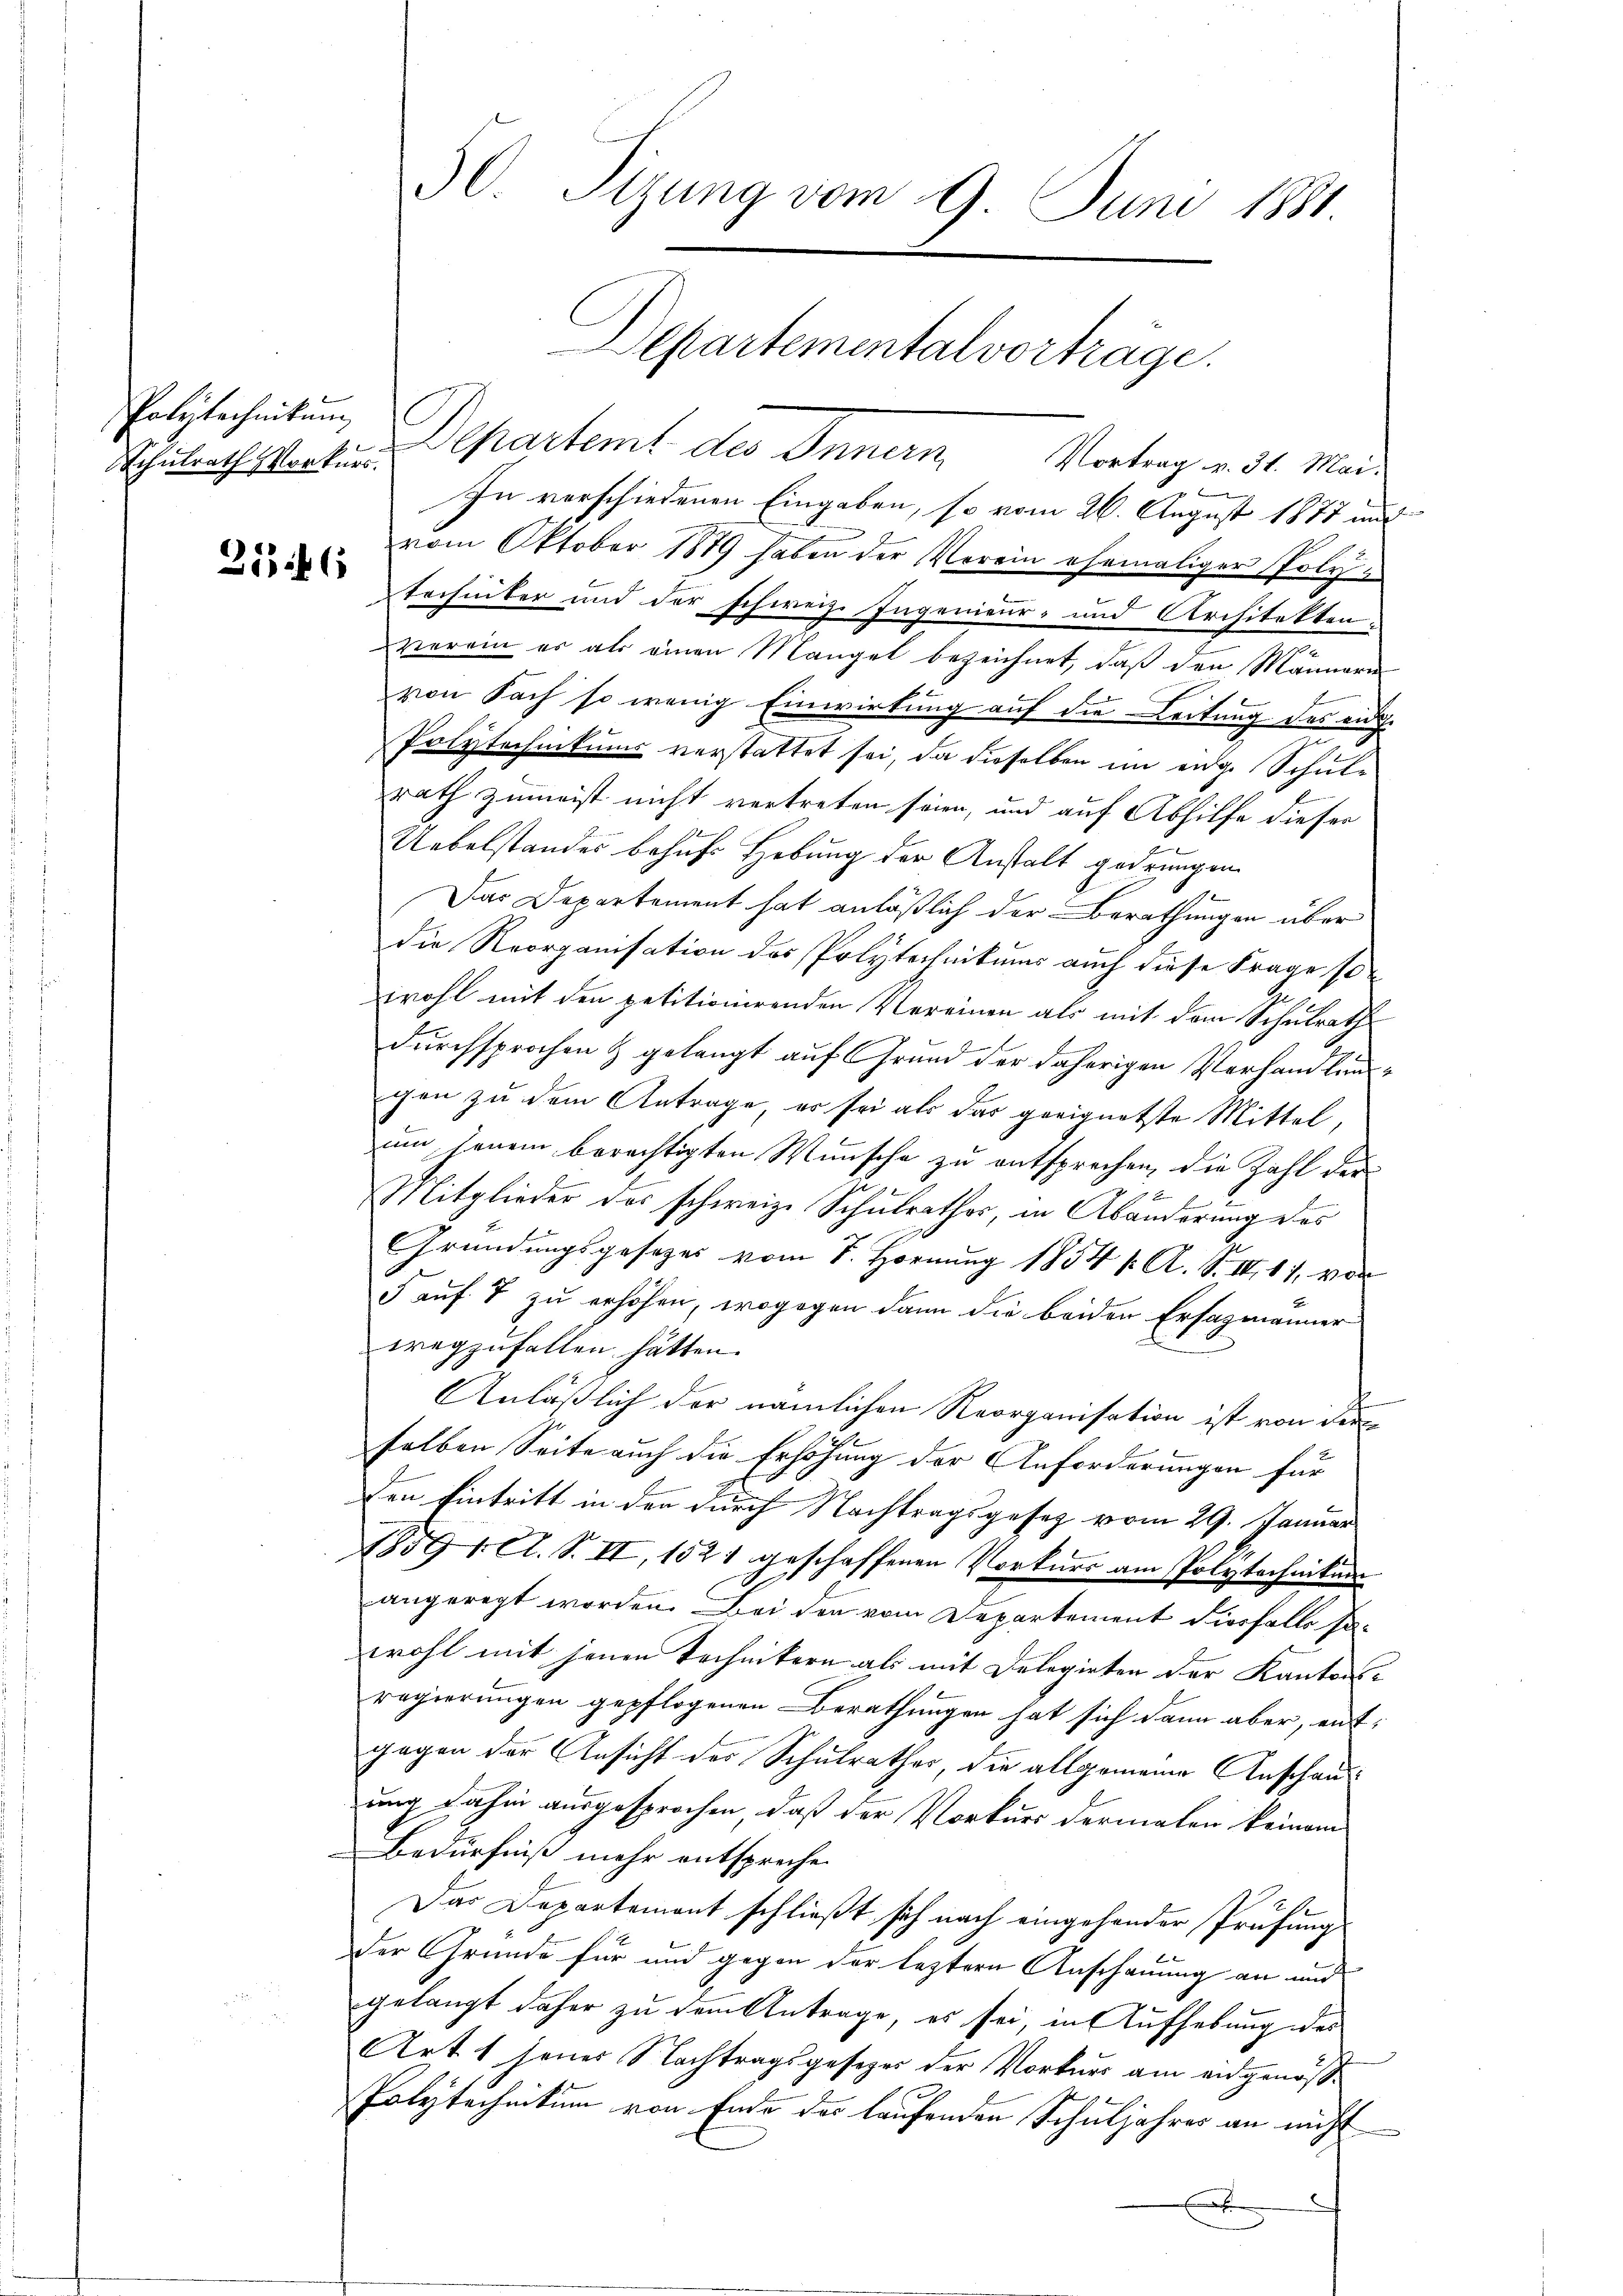
Polytechnikum
Schulrath Vorkurs.

2546

30. Sizung vom 9. Juni 1881
Departementalvorträge.

Departemt des Innern. Vortrag v. 31. Mait
 f
In verschiedenen Eingaben, so vom 26. August 1877 und
9
vom Oktober 1889 haben der Verein ehemaliger Polytechniker und der schweiz. Ingenieur- und Architekten:
verain er als einen Mangel bezeichnet, daß den Männern
von Fach so wenig Einwirkung auf die Leitung des eidg.
Polytechnikums verstattet sei, da dieselben im eige Schule
rath zumeist nicht vertreten seien, und auf Abhilfe dieser
Uebelstandes behufs Hebung der Anstalt gedrungen.
Das Departement hat anläßlich der Berathungen über
die Reorganisation des Polytechnikums auch diese Frage so
wohl mit den petitionirenden Vereinen als mit dem Schulraths
durchsprochen & gelangt auf Grund der daherigen Verhandlung
gen zu dem Antrage, er sei als das geeignetste Mittel,
um jenem berechtigten Wünsche zu entsprechen, die Zahl der
Mitglieder des schweiz. Schulrathes, in Abänderung des
Gründungsgesezes vom 8. Hornung 1854 f. A. S. III 17, von
5 auf 7 zu erhöhen, wogegen dann die beiden Ersazmänner
wegzufallen hätten.
¬
Anläßlich der nämlichen Reorganisation ist von der
selben Seite auch die Erhöhung der Anforderungen für
Den Eintritt in den durch Nachtragsgesetz vom 29. Januar
1859 1. A. S. II, 1521 geschaffenen Vorkurs am Polytechnikum
angeregt worden. Bei den vom Departement diesfalls sowohl mit jenen Technikern als mit Delegirten der Kantons-
regierungen gepflogenen Berathungen hat sich dann aber, entgegen der Ansicht der Schulrathes, die allgemeine Anschauung dahin ausgesprochen, daß der Vorkurs dermalen keinem
Bedürfniß mehr entspreche.
Das Departement schließt sich nach eingehender Prüfung
der Grunde für und gegen der leztern Anschauung an und
gelangt daher zu dem Antrage, es sei, in Aufhebung des
Art. 1 jenes Nachtragsgesezes der Vorkurs am eidgenöß¬
Polytechnikum von Ende des laufenden Schuljahres an nicht
.